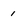
Character: 1